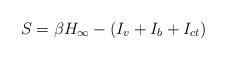
LaTeX: \begin{align*}S = \beta H_\infty - (I_v + I_b + I_{ct})\end{align*}